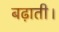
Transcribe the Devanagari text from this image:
बढ़ाती।